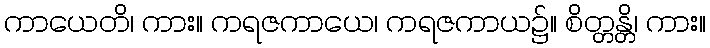
ကာယေတိ၊ ကား။ ကရဇကာယေ၊ ကရဇကာယ၌။ စိတ္တန္တိ၊ ကား။